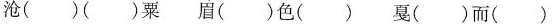
沧( )( )粟 眉( )色( ) 戛( )而( )